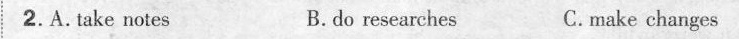
2. A. Take notes B. do researches C. make changes